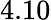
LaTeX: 4.10